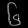
Digit: ၆